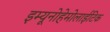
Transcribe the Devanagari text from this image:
इम्यूनोहेमोलाईटिक